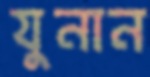
যুনান